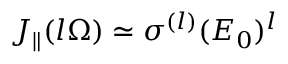
J _ { \parallel } ( l \Omega ) \simeq \sigma ^ { ( l ) } ( E _ { 0 } ) ^ { l }